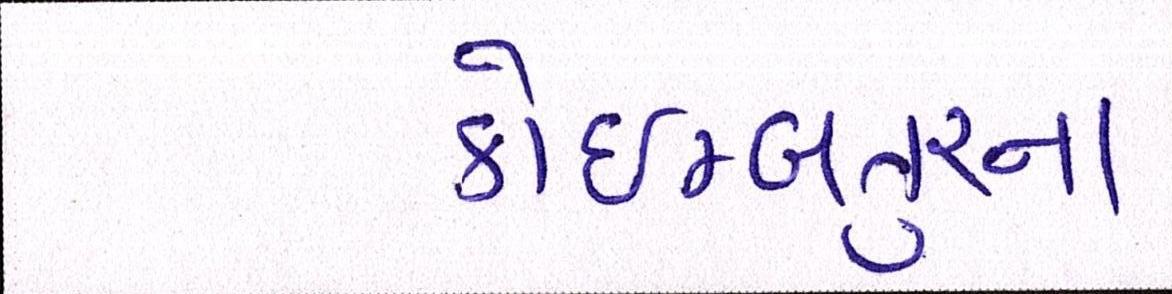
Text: કોઇમ્બતુરના